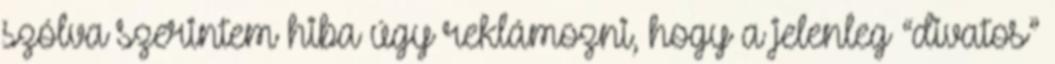
szólva szerintem hiba úgy reklámozni, hogy a jelenleg “divatos”